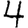
Digit: 4